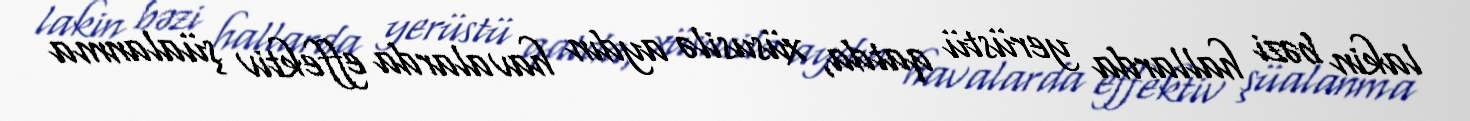
lakin bəzi hallarda yerüstü qatda, xüsusilə aydın havalarda effektiv şüalanma